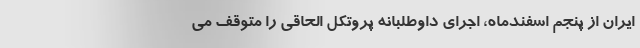
ایران از پنجم اسفندماه، اجرای داوطلبانه پروتکل الحاقی را متوقف می